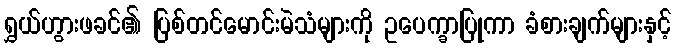
ရွှယ်ဟွားဖခင်၏ ပြစ်တင်မောင်းမဲသံများကို ဥပေက္ခာပြုကာ ခံစားချက်များနှင့်